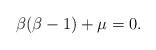
LaTeX: \begin{align*}\beta(\beta-1)+\mu=0.\end{align*}